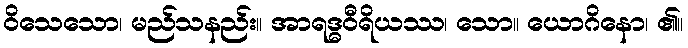
ဝိသေသော၊ မည်သနည်း။ အာရဒ္ဓဝီရိယဿ၊ သော။ ယောဂိနော၊ ၏။